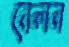
বেলন